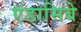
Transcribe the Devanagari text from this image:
एंडासिबे